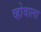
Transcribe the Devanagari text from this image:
व्होवाला